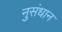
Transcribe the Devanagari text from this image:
नुसंधान